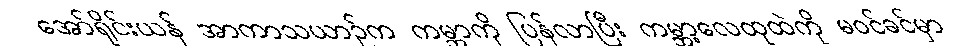
အော်ရိုင်းယန် အာကာသယာဉ်က ကမ္ဘာကို ပြန်လာပြီး ကမ္ဘာ့လေထုထဲကို မဝင်ခင်မှာ